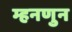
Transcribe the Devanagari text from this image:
म्हनणुन